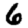
Digit: 6